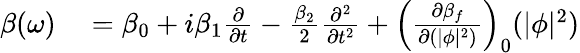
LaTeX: \begin{array}{rl}{\beta(\omega)}&{{}=\beta_{0}+i\beta_{1}\frac{\partial}{\partial t}-\frac{\beta_{2}}{2}\frac{\partial^{2}}{\partial t^{2}}+\left(\frac{\partial\beta_{f}}{\partial(|\phi|^{2})}\right)_{0}(|\phi|^{2})}\end{array}